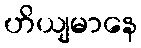
ဟိယျမာနေ